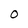
Character: O